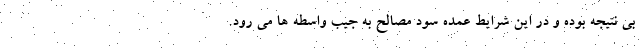
بی نتیجه بوده و در این شرایط عمده سود مصالح به جیب واسطه ها می رود.